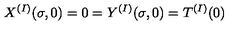
X ^ { ( I ) } ( \sigma , 0 ) = 0 = Y ^ { ( I ) } ( \sigma , 0 ) = T ^ { ( I ) } ( 0 )